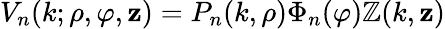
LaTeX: V_{n}(k;\rho,\varphi,\mathbf{z})=P_{n}(k,\rho)\Phi_{n}(\varphi)\mathbb{Z}(k,\mathbf{z})